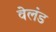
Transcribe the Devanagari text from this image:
वेलंड